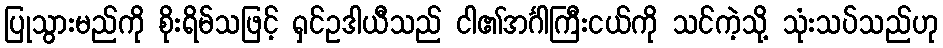
ပြုသွားမည်ကို စိုးရိမ်သဖြင့် ရှင်ဥဒါယီသည် ငါ၏အင်္ဂါကြီးငယ်ကို သင်ကဲ့သို့ သုံးသပ်သည်ဟု